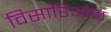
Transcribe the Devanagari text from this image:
विसारिओन